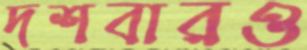
দশবারও